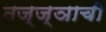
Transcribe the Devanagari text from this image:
तज्ज्ञाची